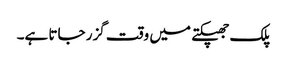
پلک جھپکتے میں وقت گزر جاتا ہے۔